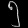
Digit: ၅